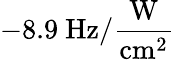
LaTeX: -8.9~\mathrm{Hz/\frac{W}{cm^{2}}}